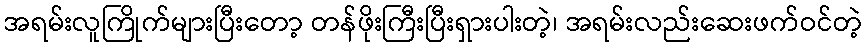
အရမ်းလူကြိုက်များပြီးတော့ တန်ဖိုးကြီးပြီးရှားပါးတဲ့၊ အရမ်းလည်းဆေးဖက်ဝင်တဲ့